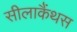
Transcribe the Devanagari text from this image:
सीलाकैंथस